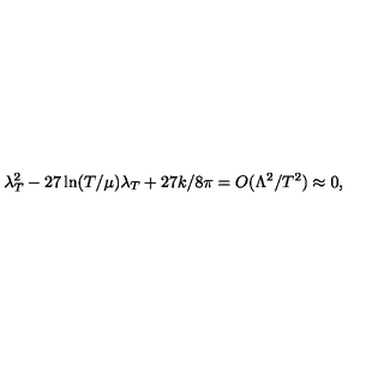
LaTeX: \lambda _ { T } ^ { 2 } - 2 7 \ln ( T / \mu ) \lambda _ { T } + 2 7 k / 8 \pi = O ( \Lambda ^ { 2 } / T ^ { 2 } ) \approx 0 ,